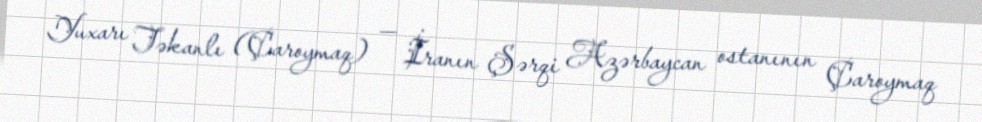
Yuxarı Təkanlı (Çaroymaq) — İranın Şərqi Azərbaycan ostanının Çaroymaq